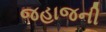
જહાજની